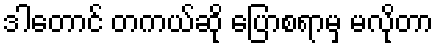
ဒါတောင် တကယ်ဆို ပြောစရာမှ မလိုတာ